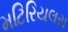
મટિરિયલસ